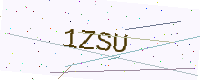
Text: 1ZSU